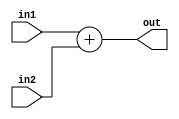
module ADDER 
#(
    parameter DATA_WIDTH = 32
) (
    input  wire [DATA_WIDTH - 1 : 0] in1,
    input  wire [DATA_WIDTH - 1 : 0] in2,
    output wire  [DATA_WIDTH - 1 : 0] out
);


        assign out = in1 + in2;


endmodule